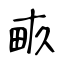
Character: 畞